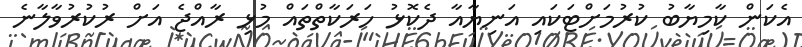
އެކަން ކާމިޔާބު ކުރުމަށްޓަކައި އަނިޔާއާ ދެކޮޅު ހަރަކާތްތައް މުޅި ރާއްޖެ އަށް ރުކުރުވާލާނެ